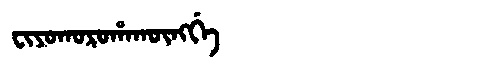
Manchu: ᠸᡳᠶᠣᡴᠣᡵᠣᡥᠠᡴᡡᠩᡤᡝ
Romanization: FIYOKOROHAKŪNGGE